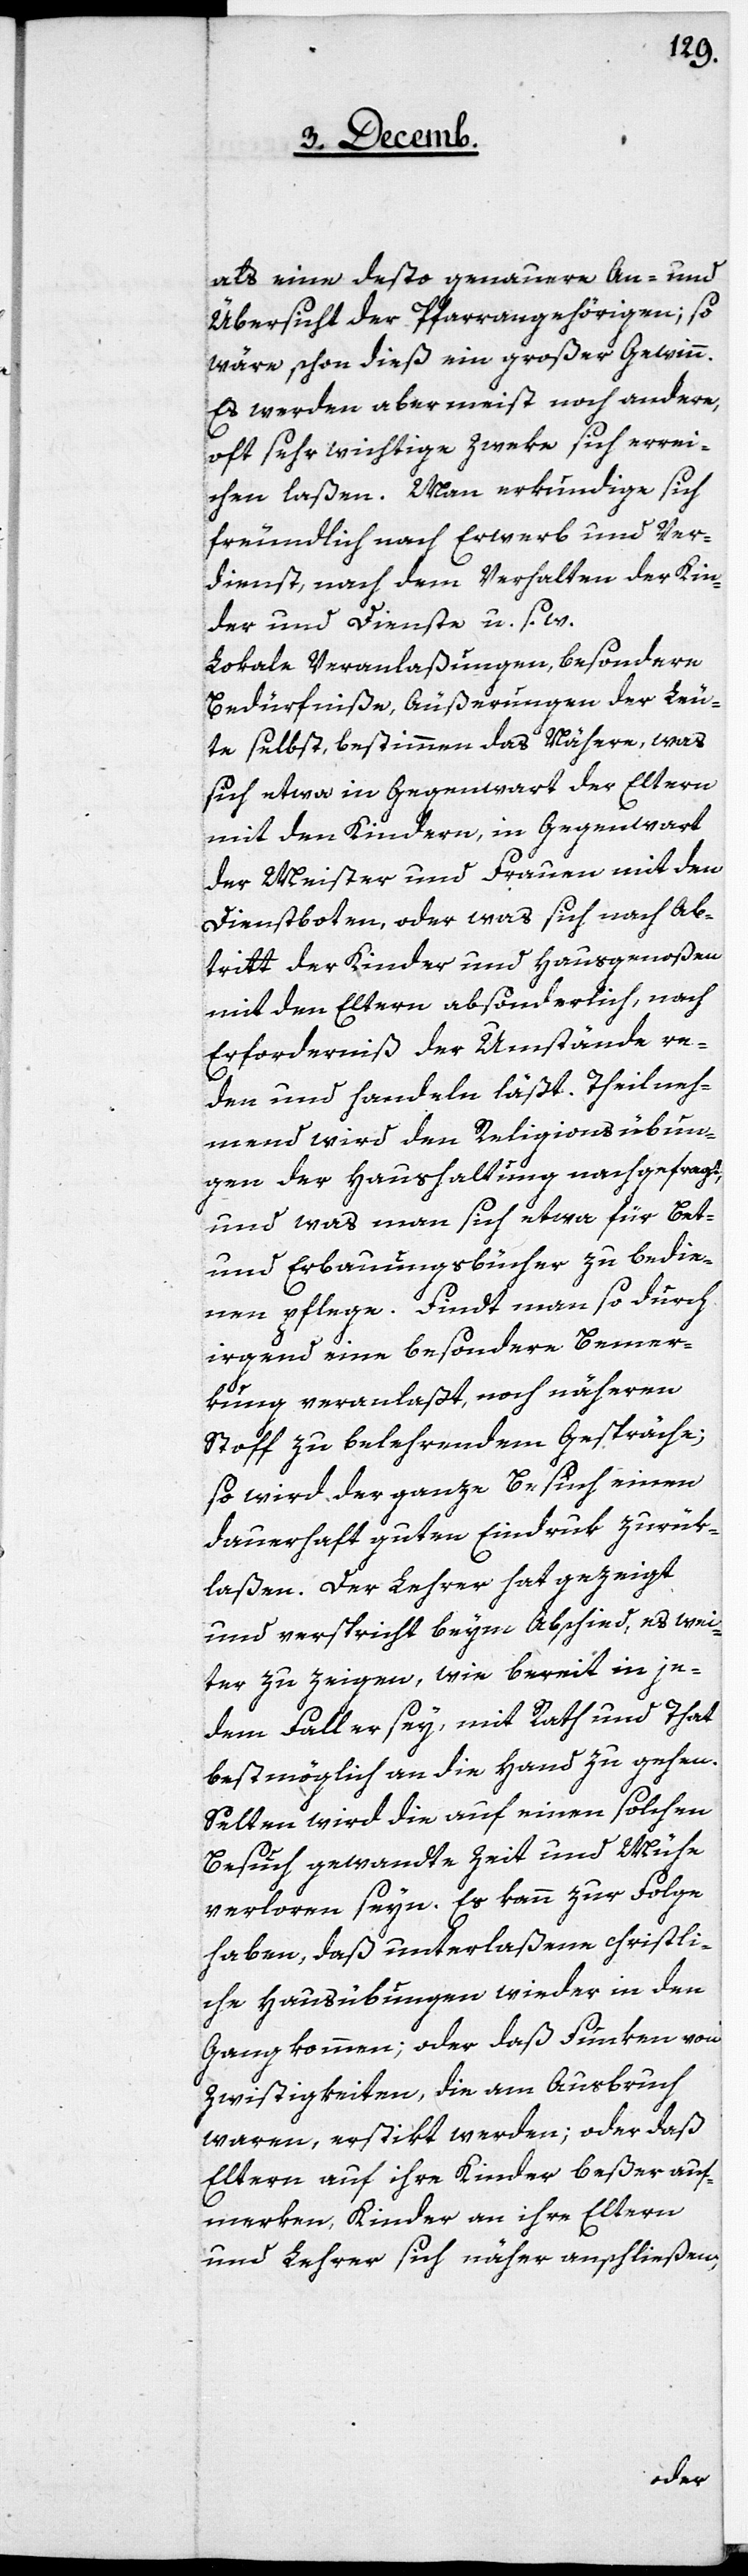
als eine desto genauere An- und
Übersicht der Pfarrangehörigen; so
wäre schon dieß ein großer Gewinn.
Es werden aber meist noch andere,
oft sehr wichtige Zweke sich errei¬
chen laßen. Man erkundige sich
freundlich nach Erwerb und Ver¬
dienst, nach dem Verhalten der Kin¬
der und Dienste u. s. w.
Lokale Veranlaßungen, besondere
Bedürfniße, Äußerungen der Leu¬
te selbst, bestimmen des Nähern, was
sich etwa in Gegenwart der Eltern
mit den Kindern, in Gegenwart
der Meister und Frauen mit den
Dienstboten, oder was sich nach Ab¬
tritt der Kinder und Hausgenoßen
mit den Eltern absonderlich, nach
Erforderniß der Umstände re¬
den und handeln läßt. Theilneh¬
mend wird den Religionsübun¬
gen der Haushaltung nachgefragt,
und was man sich etwa für Bet-
und Erbauungsbücher zu bedie¬
nen pflege. Findt man so durch
irgend eine besondere Bemer¬
kung veranlaßt, noch näheren
Stoff zu belehrendem Gespräche;
so wird der ganze Besuch einen
dauerhaft guten Eindruk zurük¬
laßen. Der Lehrer hat gezeigt
und verspricht beym Abschied, es wei¬
ter zu zeigen, wie bereit in je¬
dem Fall er sey, mit Rath und That
bestmöglich an die Hand zu gehen.
Selten wird die auf einen solchen
Besuch gewandte Zeit und Mühe
verloren seyn. Es kann zur Folge
haben, daß unterlaßene christli¬
che Hausübungen wieder in den
Gang kommen; oder daß Funken von
Zwistigkeiten, die am Ausbruch
waren, erstikt werden; oder daß
Eltern auf ihre Kinder beßer auf¬
merken, Kinder an ihre Eltern
und Lehrer sich näher anschließen,